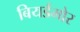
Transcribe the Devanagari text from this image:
बियर्डमोर